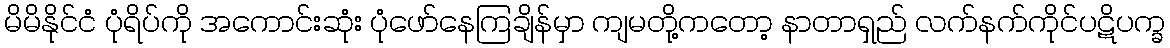
မိမိနိုင်ငံ ပုံရိပ်ကို အကောင်းဆုံး ပုံဖော်နေကြချိန်မှာ ကျမတို့ကတော့ နာတာရှည် လက်နက်ကိုင်ပဋိပက္ခ